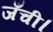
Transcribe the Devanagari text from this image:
जँची।